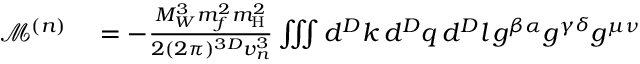
\begin{array} { r l } { \mathcal { M } ^ { ( n ) } } & { { } = - \frac { M _ { W } ^ { 3 } m _ { f } ^ { 2 } m _ { \mathrm { H } } ^ { 2 } } { 2 ( 2 \pi ) ^ { 3 D } v _ { n } ^ { 3 } } \iiint d ^ { D } k \, d ^ { D } q \, d ^ { D } l \, g ^ { \beta \alpha } g ^ { \gamma \delta } g ^ { \mu \nu } } \end{array}